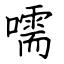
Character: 嚅